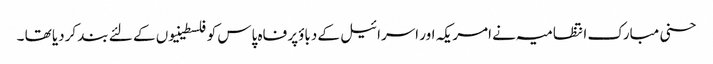
حسنی مبارک انتظامیہ نے امریکہ اور اسرائیل کے دباؤپر فاہ پاس کو فلسطینیوں کے لئے بند کردیا تھا ۔